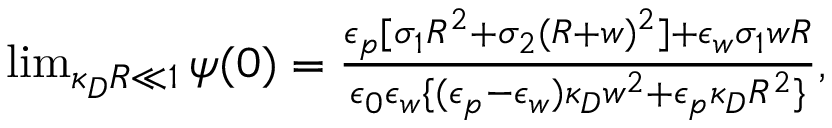
\begin{array} { r } { \operatorname* { l i m } _ { \kappa _ { D } R \ll 1 } \psi ( 0 ) = \frac { \epsilon _ { p } [ \sigma _ { 1 } R ^ { 2 } + \sigma _ { 2 } ( R + w ) ^ { 2 } ] + \epsilon _ { w } \sigma _ { 1 } w R } { \epsilon _ { 0 } \epsilon _ { w } \{ ( \epsilon _ { p } - \epsilon _ { w } ) \kappa _ { D } w ^ { 2 } + \epsilon _ { p } \kappa _ { D } R ^ { 2 } \} } , } \end{array}